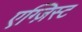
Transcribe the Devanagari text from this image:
एग्ज़िस्ट